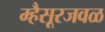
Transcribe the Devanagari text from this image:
म्हैसूरजवळ